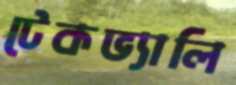
টেকভ্যালি